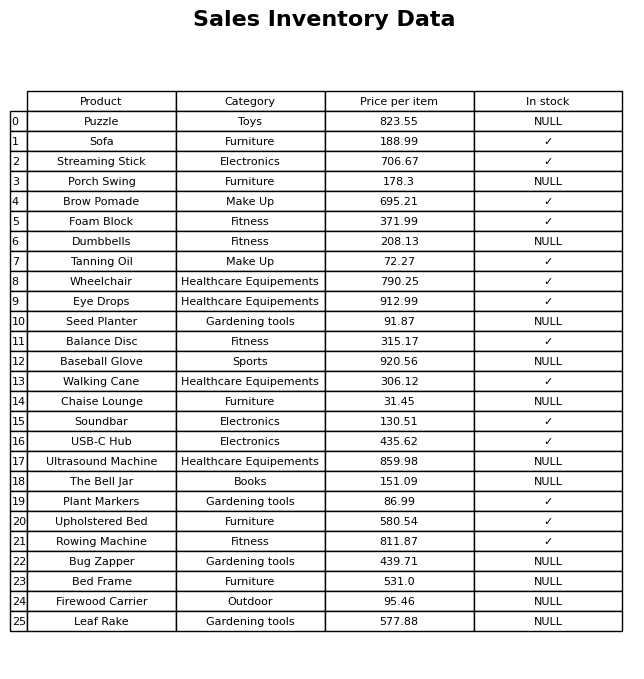
question: What is the price of the Brow Pomade?
answer: The price of Brow Pomade is 695.21.